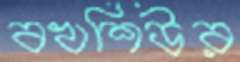
বখশিউর